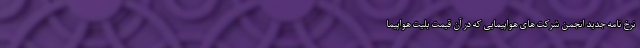
نرخ نامه جدید انجمن شرکت های هواپیمایی که در آن قیمت بلیت هواپیما